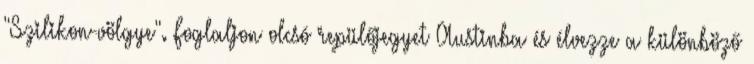
"Szilikon-völgye". Foglaljon olcsó repülőjegyet Austinba és élvezze a különböző